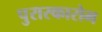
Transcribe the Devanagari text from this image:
पुरास्कारोम